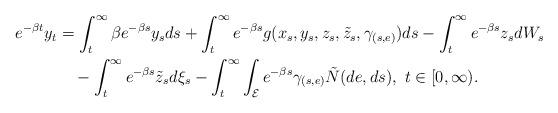
LaTeX: \begin{align*}\begin{aligned}e^{-\beta t}y_t&=\int_t^\infty\beta e^{-\beta s}y_sds+\int_t^\infty e^{-\beta s}g(x_s,y_s,z_s,\tilde{z}_s,\gamma_{(s,e)})ds-\int_t^\infty e^{-\beta s}z_sdW_s\\&\quad-\int_t^\infty e^{-\beta s}\tilde{z}_sd\xi_s-\int_t^\infty \int_{\mathcal{E}}e^{-\beta s}\gamma_{(s,e)}\tilde{N}(de,ds),\ t\in[0,\infty).\end{aligned}\end{align*}